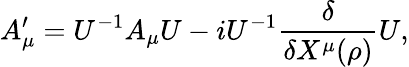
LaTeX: A_{\mu}^{\prime}=U^{-1}A_{\mu}U-iU^{-1}\frac{\delta}{\delta X^{\mu}(\rho)}U,